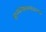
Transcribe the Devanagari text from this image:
ज्ञानमीमांसाशास्त्रात्मक